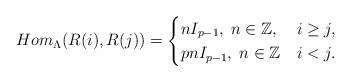
LaTeX: \begin{align*} Hom_{\Lambda}(R(i),R(j))= \begin{cases} nI_{p-1},\;n \in \mathbb{Z},& i \geq j,\\ pnI_{p-1},\;n \in \mathbb{Z}& i<j.\end{cases}\end{align*}